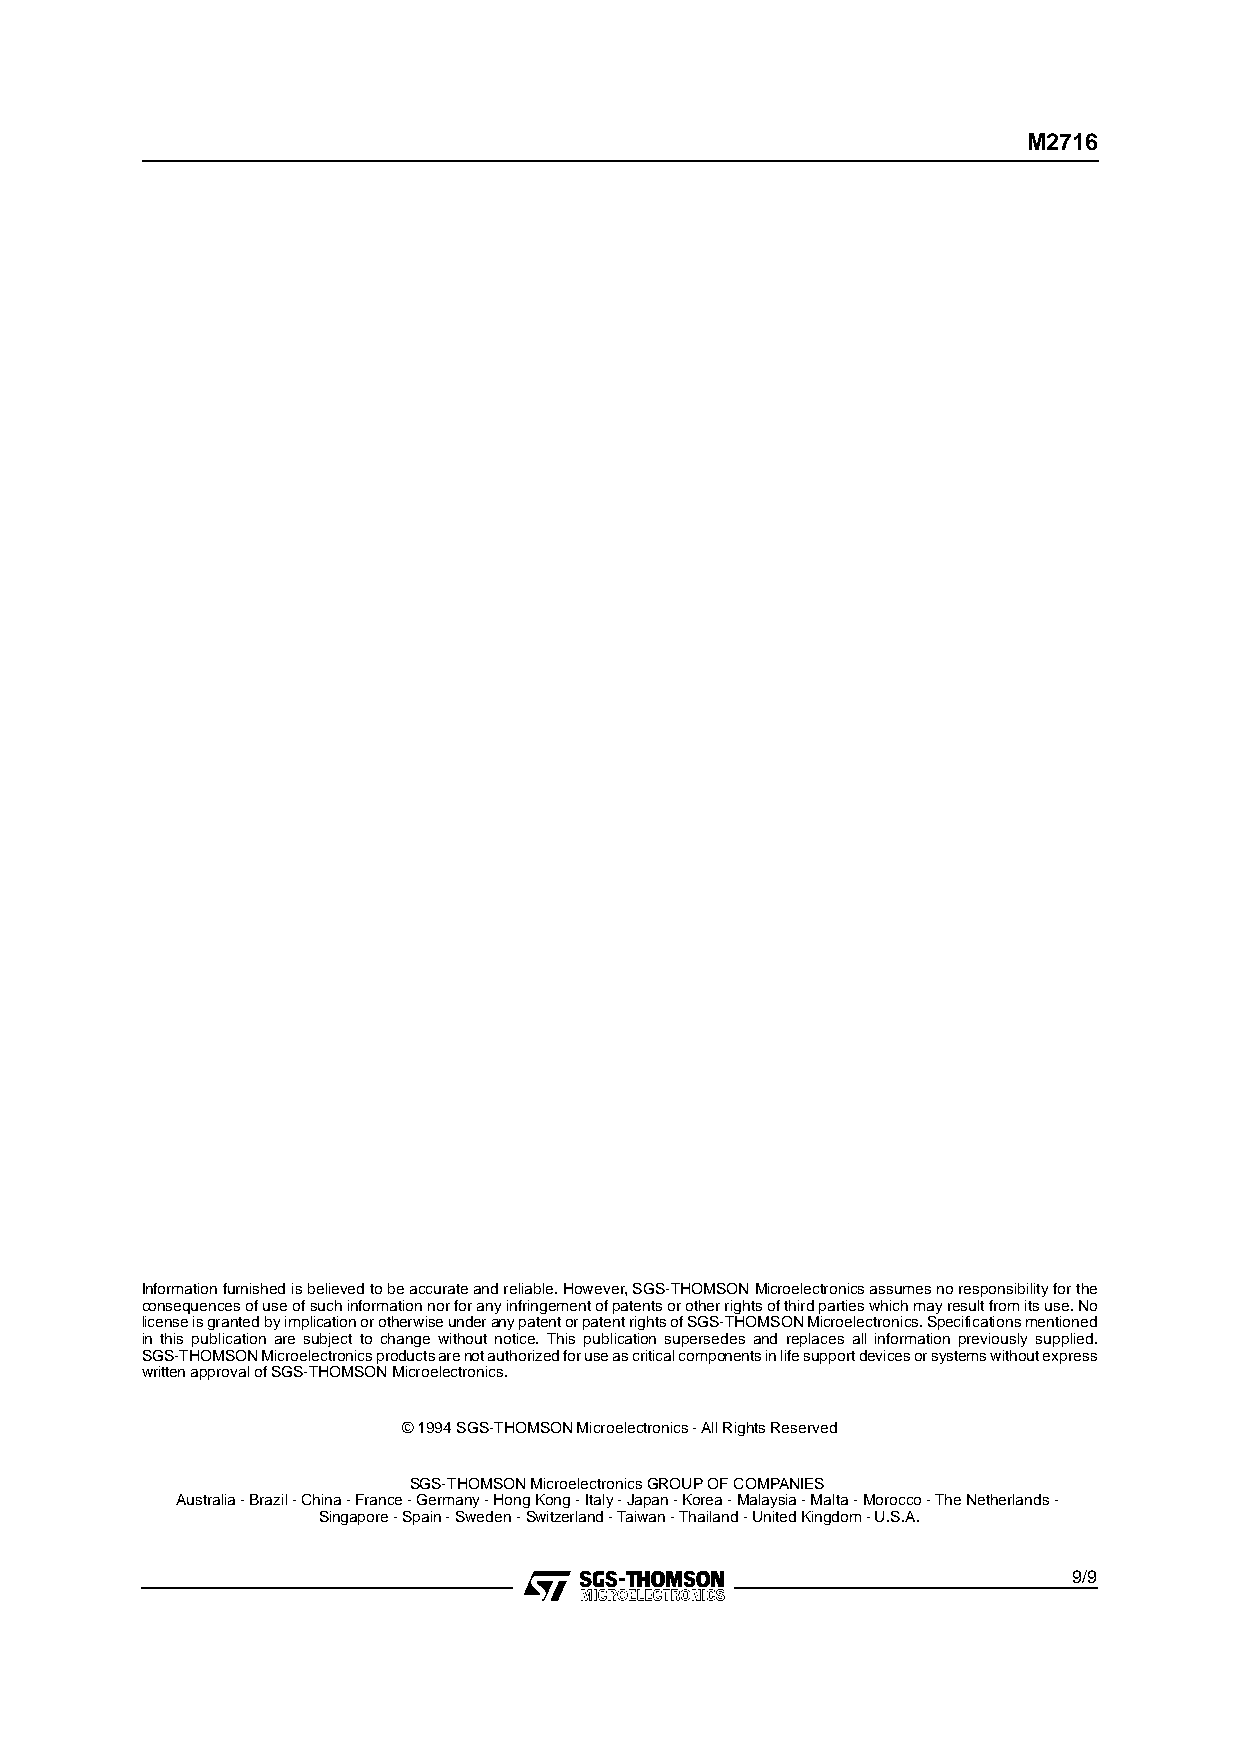
M2716
 Information furnished is believed to be accurate and reliable. However, SGS-THOMSON Microelectronics assumes no responsibility for the
 consequences of use of such information nor for any infringement of patents or other rights of third parties which may result from its use. No
 license is granted by implication or otherwise under any patent or patent rights of SGS-THOMSON Microelectronics. Specifications mentioned
 in this publication are subject to change without notice. This publication supersedes and replaces all information previously supplied.
 SGS-THOMSON Microelectronics products are not authorized for use as critical components in life support devices or systems without express
 written approval of SGS-THOMSON Microelectronics.
 © 1994 SGS-THOMSON Microelectronics - All Rights Reserved
 SGS-THOMSON Microelectronics GROUP OF COMPANIES
 Australia - Brazil - China - France - Germany - Hong Kong - Italy - Japan - Korea - Malaysia - Malta - Morocco - The Netherlands -
 Singapore - Spain - Sweden - Switzerland - Taiwan - Thailand - United Kingdom - U.S.A.
 9/9